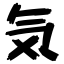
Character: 気